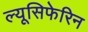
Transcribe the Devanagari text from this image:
ल्यूसिफेरिन